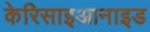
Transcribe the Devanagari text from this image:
केरिसाइआनाइड